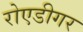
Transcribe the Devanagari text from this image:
रोएडीगर